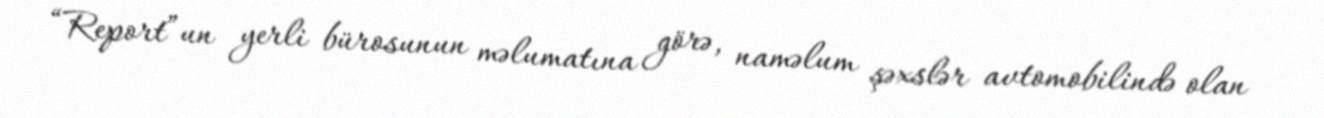
“Report”un yerli bürosunun məlumatına görə, naməlum şəxslər avtomobilində olan